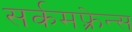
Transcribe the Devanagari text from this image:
सर्कमफ़्रेन्स